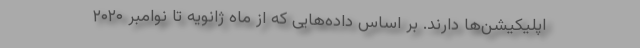
اپلیکیشن‌ها دارند. بر اساس داده‌هایی که از ماه ژانویه تا نوامبر ۲۰۲۰